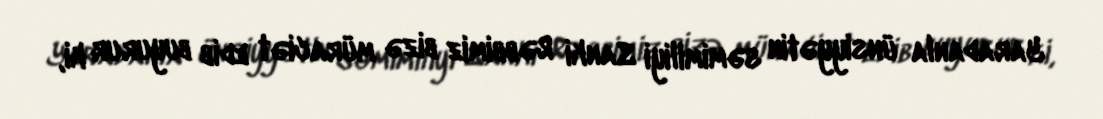
Yaradanla ünsiyyətin səmimiliyi Sanki Rəbbimiz bizə müraciət edib buyurur ki,